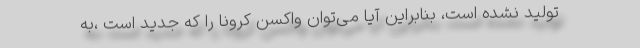
تولید نشده است، بنابراین آیا می‌توان واکسن کرونا را که جدید است ،به